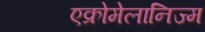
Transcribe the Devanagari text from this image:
एक्रोमेलानिज्म